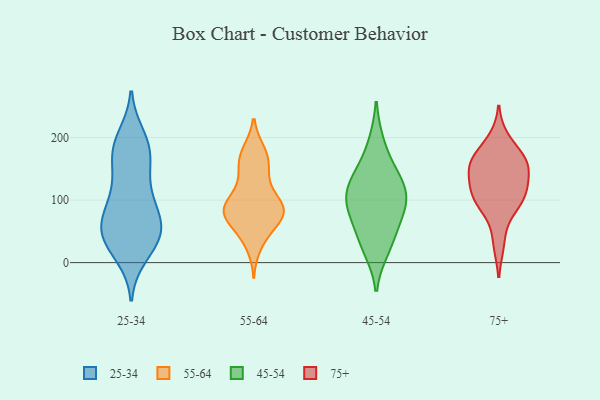
{"axis": {"x": "Headcount", "y": "Value"}, "legend": ["25-34", "45-54", "55-64", "75+"], "data": [{"x": "", "y": 172, "type": "25-34"}, {"x": "", "y": 46, "type": "25-34"}, {"x": "", "y": 119, "type": "25-34"}, {"x": "", "y": 39, "type": "25-34"}, {"x": "", "y": 22, "type": "25-34"}, {"x": "", "y": 180, "type": "25-34"}, {"x": "", "y": 58, "type": "25-34"}, {"x": "", "y": 200, "type": "25-34"}, {"x": "", "y": 49, "type": "25-34"}, {"x": "", "y": 151, "type": "25-34"}, {"x": "", "y": 177, "type": "25-34"}, {"x": "", "y": 191, "type": "25-34"}, {"x": "", "y": 50, "type": "25-34"}, {"x": "", "y": 110, "type": "25-34"}, {"x": "", "y": 93, "type": "25-34"}, {"x": "", "y": 84, "type": "25-34"}, {"x": "", "y": 70, "type": "25-34"}, {"x": "", "y": 13, "type": "25-34"}, {"x": "", "y": 45, "type": "25-34"}, {"x": "", "y": 177, "type": "55-64"}, {"x": "", "y": 167, "type": "55-64"}, {"x": "", "y": 151, "type": "55-64"}, {"x": "", "y": 80, "type": "55-64"}, {"x": "", "y": 28, "type": "55-64"}, {"x": "", "y": 77, "type": "55-64"}, {"x": "", "y": 53, "type": "55-64"}, {"x": "", "y": 87, "type": "55-64"}, {"x": "", "y": 154, "type": "55-64"}, {"x": "", "y": 87, "type": "55-64"}, {"x": "", "y": 46, "type": "55-64"}, {"x": "", "y": 83, "type": "55-64"}, {"x": "", "y": 87, "type": "55-64"}, {"x": "", "y": 127, "type": "55-64"}, {"x": "", "y": 84, "type": "55-64"}, {"x": "", "y": 114, "type": "55-64"}, {"x": "", "y": 81, "type": "55-64"}, {"x": "", "y": 176, "type": "55-64"}, {"x": "", "y": 83, "type": "55-64"}, {"x": "", "y": 191, "type": "45-54"}, {"x": "", "y": 21, "type": "45-54"}, {"x": "", "y": 110, "type": "45-54"}, {"x": "", "y": 121, "type": "45-54"}, {"x": "", "y": 96, "type": "45-54"}, {"x": "", "y": 58, "type": "45-54"}, {"x": "", "y": 83, "type": "45-54"}, {"x": "", "y": 32, "type": "45-54"}, {"x": "", "y": 140, "type": "45-54"}, {"x": "", "y": 90, "type": "45-54"}, {"x": "", "y": 142, "type": "45-54"}, {"x": "", "y": 98, "type": "75+"}, {"x": "", "y": 80, "type": "75+"}, {"x": "", "y": 30, "type": "75+"}, {"x": "", "y": 114, "type": "75+"}, {"x": "", "y": 158, "type": "75+"}, {"x": "", "y": 130, "type": "75+"}, {"x": "", "y": 113, "type": "75+"}, {"x": "", "y": 153, "type": "75+"}, {"x": "", "y": 171, "type": "75+"}, {"x": "", "y": 156, "type": "75+"}, {"x": "", "y": 161, "type": "75+"}, {"x": "", "y": 104, "type": "75+"}, {"x": "", "y": 198, "type": "75+"}]}